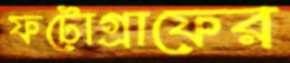
ফটোগ্রাফের